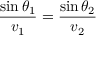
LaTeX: { \frac { \sin \theta _ { 1 } } { v _ { 1 } } } = { \frac { \sin \theta _ { 2 } } { v _ { 2 } } }